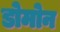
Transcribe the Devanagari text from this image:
डोमोन